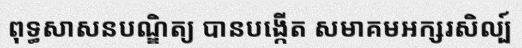
ពុទ្ធសាសនបណ្ឌិត្យ បានបង្កើត សមាគមអក្សរសិល្ប៍